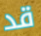
قد